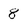
Character: 8